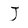
Character: J